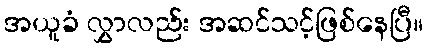
အယူခံ လွှာလည်း အဆင်သင့်ဖြစ်နေပြီ။